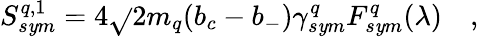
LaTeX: S_{s\mathit{y}m}^{q,1}=4\sqrt{}{{2}}m_{q}(b_{c}-b_{-})\gamma_{s\mathit{y}m}^{q}F_{s\mathit{y}m}^{q}(\lambda)\quad,